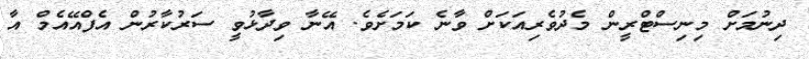
ދިނުމަށް މިނިސްޓްރީން މެދުވެރިއަކަށް ވާނެ ކަމަށެވެ. އޭނާ ވިދާޅުވީ ސަރުކާރުން އެފްއޭއެމް އާ